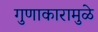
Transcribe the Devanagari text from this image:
गुणाकारामुळे